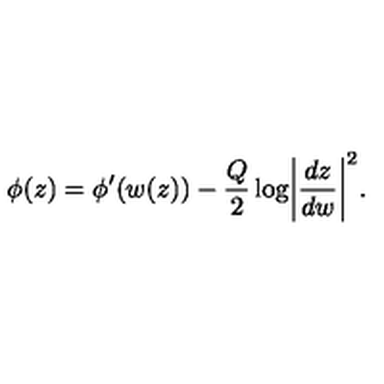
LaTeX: \phi ( z ) = \phi ^ { \prime } ( w ( z ) ) - \frac { Q } { 2 } \log \biggl | \frac { d z } { d w } \biggr | ^ { 2 } .